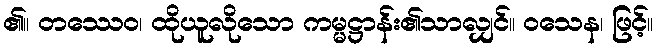
၏။ တဿေဝ၊ ထိုယူလိုသော ကမ္မဋ္ဌာန်း၏သာလျှင်။ ဝသေန၊ ဖြင့်။